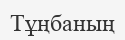
Тұңбаның